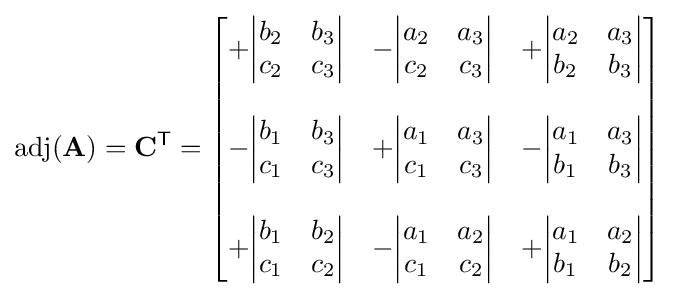
\operatorname {adj} (\mathbf {A} )=\mathbf {C} ^{\mathsf {T}}={\begin{bmatrix}+{\begin{vmatrix}b_{2}&b_{3}\\c_{2}&c_{3}\end{vmatrix}}&-{\begin{vmatrix}a_{2}&a_{3}\\c_{2}&c_{3}\end{vmatrix}}&+{\begin{vmatrix}a_{2}&a_{3}\\b_{2}&b_{3}\end{vmatrix}}\\&&\\-{\begin{vmatrix}b_{1}&b_{3}\\c_{1}&c_{3}\end{vmatrix}}&+{\begin{vmatrix}a_{1}&a_{3}\\c_{1}&c_{3}\end{vmatrix}}&-{\begin{vmatrix}a_{1}&a_{3}\\b_{1}&b_{3}\end{vmatrix}}\\&&\\+{\begin{vmatrix}b_{1}&b_{2}\\c_{1}&c_{2}\end{vmatrix}}&-{\begin{vmatrix}a_{1}&a_{2}\\c_{1}&c_{2}\end{vmatrix}}&+{\begin{vmatrix}a_{1}&a_{2}\\b_{1}&b_{2}\end{vmatrix}}\end{bmatrix}}